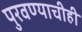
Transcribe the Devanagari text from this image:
पुरवण्याचीही